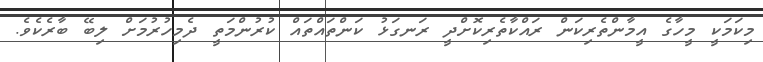
މިކަމަކީ މީހާގެ އީމާންތެރިކަން ރައްކާތެރިކޮށްދީ ރަނގަޅު ކަންތައްތައް ކުރުންމަތީ ދެމިހުރުމަށް ލިބޭ ބާރެކެވެ.